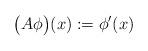
LaTeX: \begin{align*}\big(A \phi \big)(x) := \phi'(x)\end{align*}